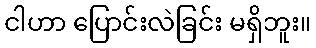
ငါဟာ ပြောင်းလဲခြင်း မရှိဘူး။